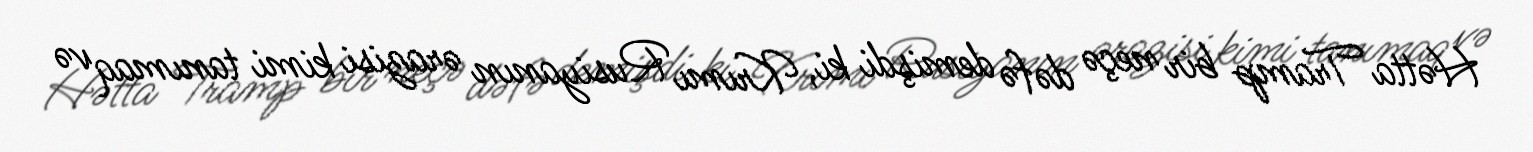
Hətta Tramp bir neçə dəfə demişdi ki, Krımı Rusiyanın ərazisi kimi tanımaq və